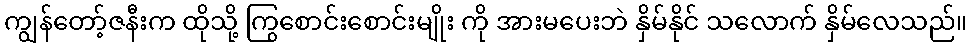
ကျွန်တော့်ဇနီးက ထိုသို့ ကြွစောင်းစောင်းမျိုး ကို အားမပေးဘဲ နှိမ်နိုင် သလောက် နှိမ်လေသည်။